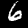
Digit: 6